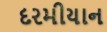
દરમીયાન